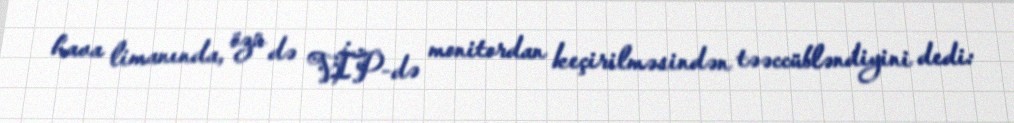
hava limanında, özü də VİP-də monitordan keçirilməsindən təəccübləndiyini dedi: